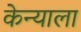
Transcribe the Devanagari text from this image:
केन्याला